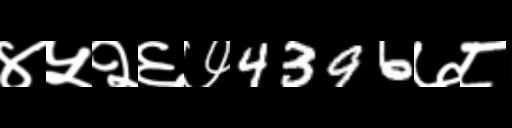
Text: ४५२६७4396७८